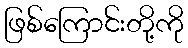
ဖြစ်ကြောင်းတို့ကို